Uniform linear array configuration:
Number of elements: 32
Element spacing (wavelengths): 0.5
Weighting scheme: kaiser
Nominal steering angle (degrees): -15
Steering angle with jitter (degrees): -15.764
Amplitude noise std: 0.05
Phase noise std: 0.05

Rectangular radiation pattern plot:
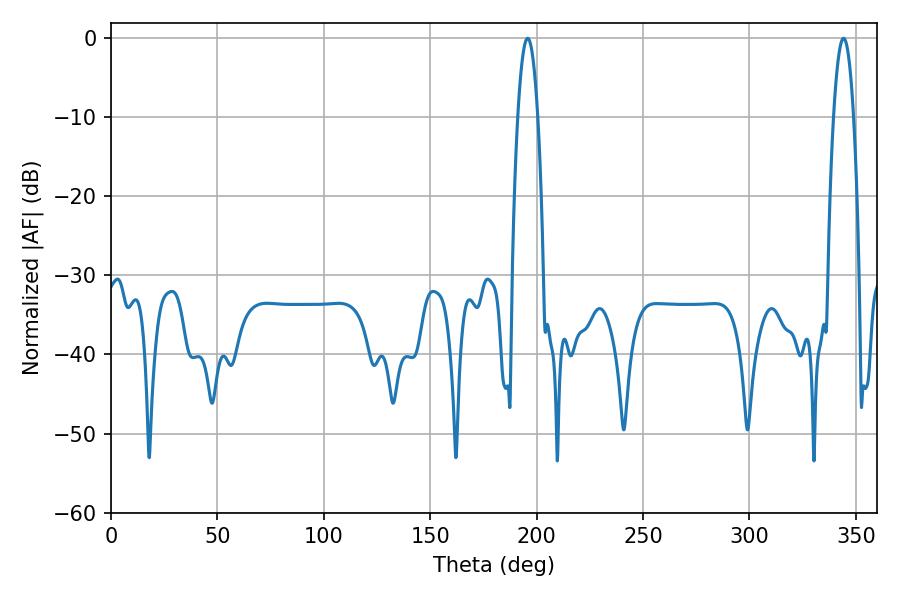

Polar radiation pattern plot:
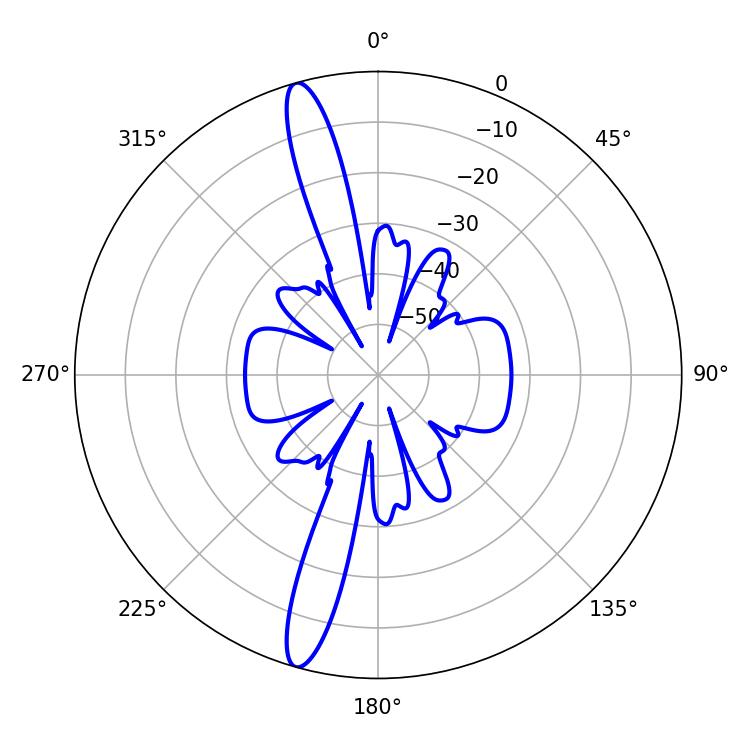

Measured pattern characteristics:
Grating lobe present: FALSE
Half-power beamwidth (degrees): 5.22
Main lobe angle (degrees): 195.84